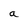
Character: a